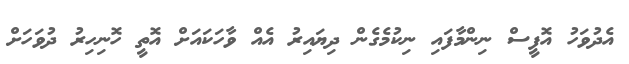
އެދުވަހު އޮފީސް ނިންމާފައި ނިކުމެގެން ދިޔައިރު އެއް ވާހަކައަށް އޮތީ ހޮނިހިރު ދުވަހަށް